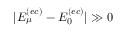
\vert E _ { \mu } ^ { ( e c ) } - E _ { 0 } ^ { ( e c ) } \vert \gg 0